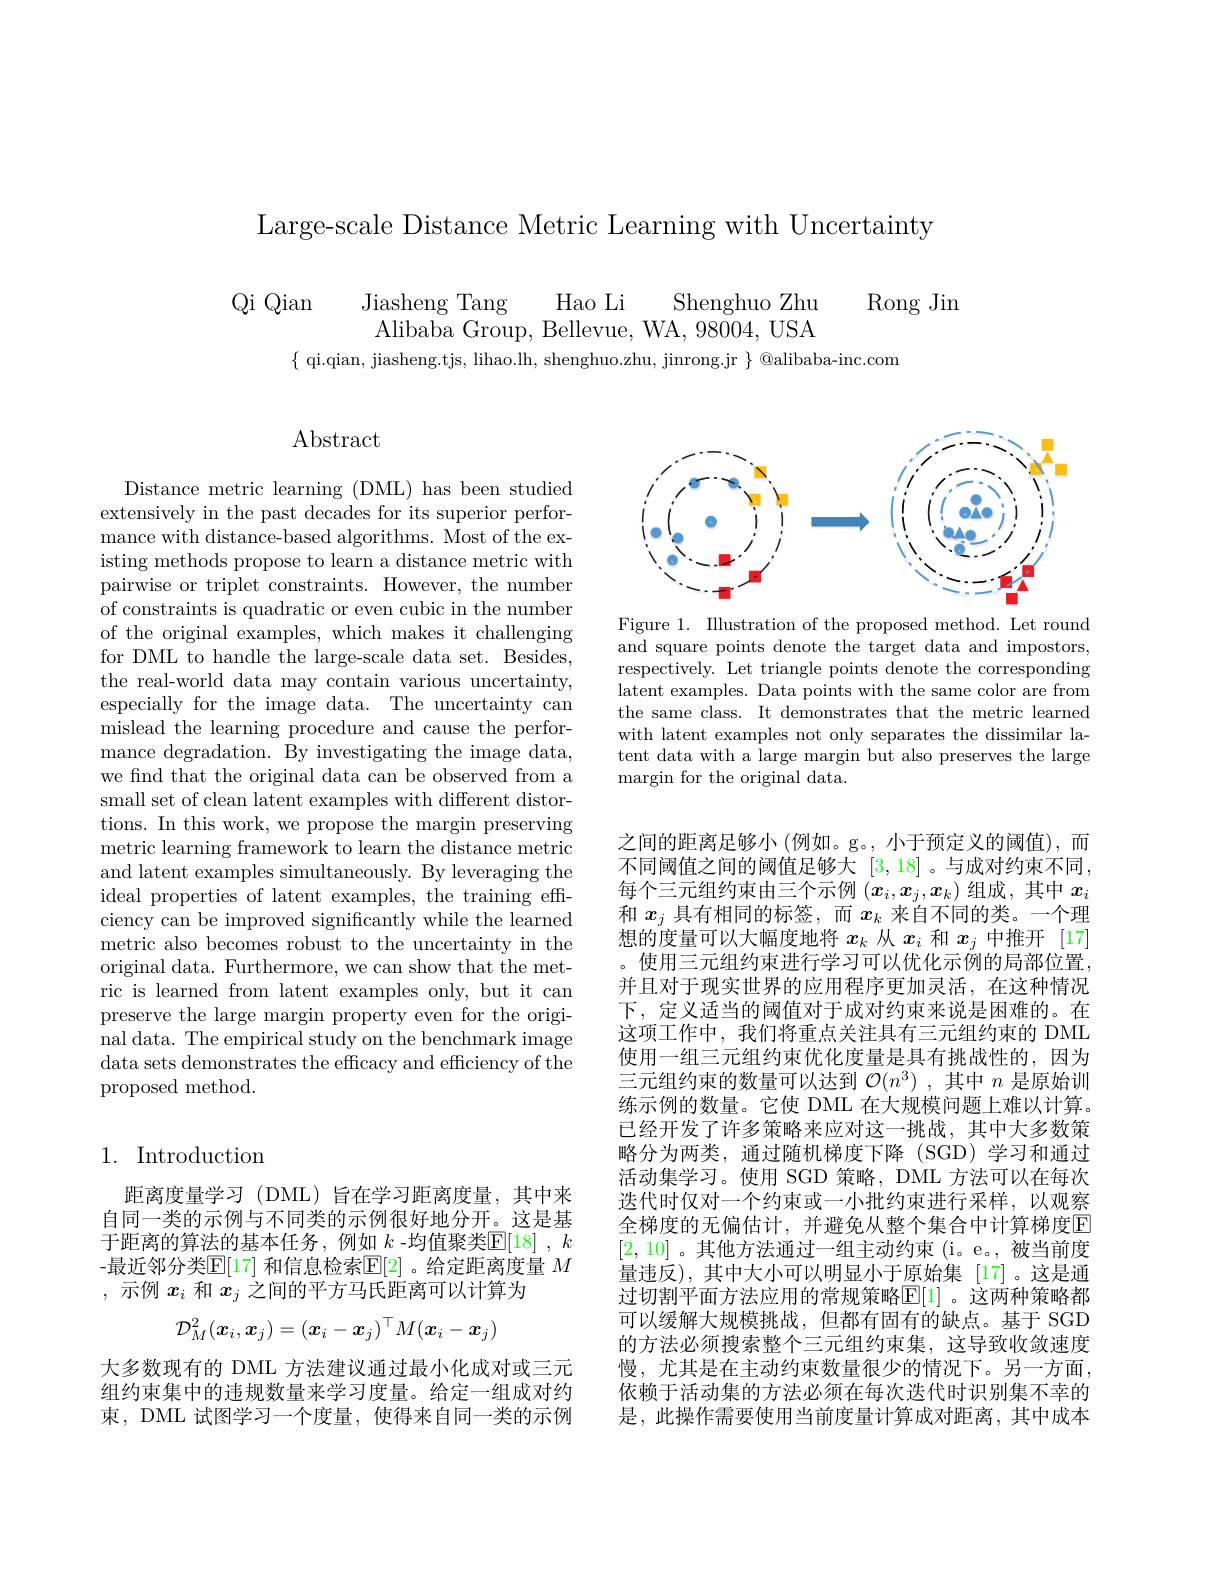
Large-scale Distance Metric Learning with Uncertainty

Qi Qian
Hao Li
Jiasheng Tang
Shenghuo Zhu
$\operatorname{Rong}$Jin
Alibaba Group, Bellevue, WA, 98004, USA
$\{$ qi.qian, jiasheng.tjs, lihao.lh, shenghuo.zhu, jinrong.jr $\}$ @alibaba-inc.com

$\operatorname{Abstract}$

Distance metric learning (DML) has been studied extensively in the past decades for its superior performance with distance-based algorithms. Most of the existing methods propose to learn a distance metric with pairwise or triplet constraints. However, the number of constraints is quadratic or even cubic in the number of the original examples, which makes it challenging for DML to handle the large-scale data set. Besides, the real-world data may contain various uncertainty, especially for the image data. The uncertainty can mislead the learning procedure and cause the performance degradation. By investigating the image data, we find that the original data can be observed from a small set of clean latent examples with different distortions. In this work, we propose the margin preserving metric learning framework to learn the distance metric and latent examples simultaneously. By leveraging the ideal properties of latent examples, the training effciency can be improved significantly while the learned metric also becomes robust to the uncertainty in the original data. Furthermore, we can show that the metric is learned from latent examples only, but it can preserve the large margin property even for the original data. The empirical study on the benchmark image data sets demonstrates the efficacy and efficiency of the proposed method.

## 1. Introduction

距离度量学习(DML)旨在学习距离度量，其中来自同一类的示例与不同类的示例很好地分开。这是基于距离的算法的基本任务，例如 $k$ -均值聚类$\mathbb{E}[18]$ , $k$ -最近邻分类$\mathbb{E}[$17] 和信息检索$\mathbb{E}[$2] 。给定距离度量 $M$ ,示例$x_i$和$x_j$之间的平方马氏距离可以计算为
$$\mathcal{D}_M^2(\boldsymbol{x}_i,\boldsymbol{x}_j)=(\boldsymbol{x}_i-\boldsymbol{x}_j)^\top M(\boldsymbol{x}_i-\boldsymbol{x}_j)$$
大多数现有的 DML 方法建议通过最小化成对或三元组约束集中的违规数量来学习度量。给定一组成对约束，DML 试图学习一个度量，使得来自同一类的示例

<FigureHere>

Figure 1. Illustration of the proposed method. Let round and square points denote the target data and impostors, respectively. Let triangle points denote the corresponding latent examples. Data points with the same color are from the same class. It demonstrates that the metric learned with latent examples not only separates the dissimilar latent data with a large margin but also preserves the large ${\mathrm{margin~for~the~original~data.}}$

之间的距离足够小 (例如。g。, 小于预定义的阈值),而不同阈值之间的阈值足够大[3,18] 。与成对约束不同， 每个三元组约束由三个示例$(x_i,x_j,x_k)$组成，其中$x_i$ 和$x_j$具有相同的标签，而$x_k$来自不同的类。一个理想的度量可以大幅度地将$x_k$从$x_i$和$x_j$中推开 [17] 。使用三元组约束进行学习可以优化示例的局部位置， 并且对于现实世界的应用程序更加灵活，在这种情况下，定义适当的阈值对于成对约束来说是困难的。在这项工作中，我们将重点关注具有三元组约束的 DML 使用一组三元组约束优化度量是具有挑战性的，因为三元组约束的数量可以达到$\mathcal{O}(n^3)$ ,其中$n$是原始训练示例的数量。它使 DML 在大规模问题上难以计算。已经开发了许多策略来应对这一挑战，其中大多数策略分为两类，通过随机梯度下降(SGD)学习和通过活动集学习。使用 SGD 策略，DML 方法可以在每次迭代时仅对一个约束或一小批约束进行采样，以观察全梯度的无偏估计，并避免从整个集合中计算梯度E [2,10] 。其他方法通过一组主动约束(i。e。,被当前度量违反),其中大小可以明显小于原始集 [17]。这是通过切割平面方法应用的常规策略$\mathbb{E}[1]$。这两种策略都可以缓解大规模挑战，但都有固有的缺点。基于 SGD 的方法必须搜索整个三元组约束集，这导致收敛速度慢，尤其是在主动约束数量很少的情况下。另一方面， 依赖于活动集的方法必须在每次迭代时识别集不幸的是，此操作需要使用当前度量计算成对距离，其中成本